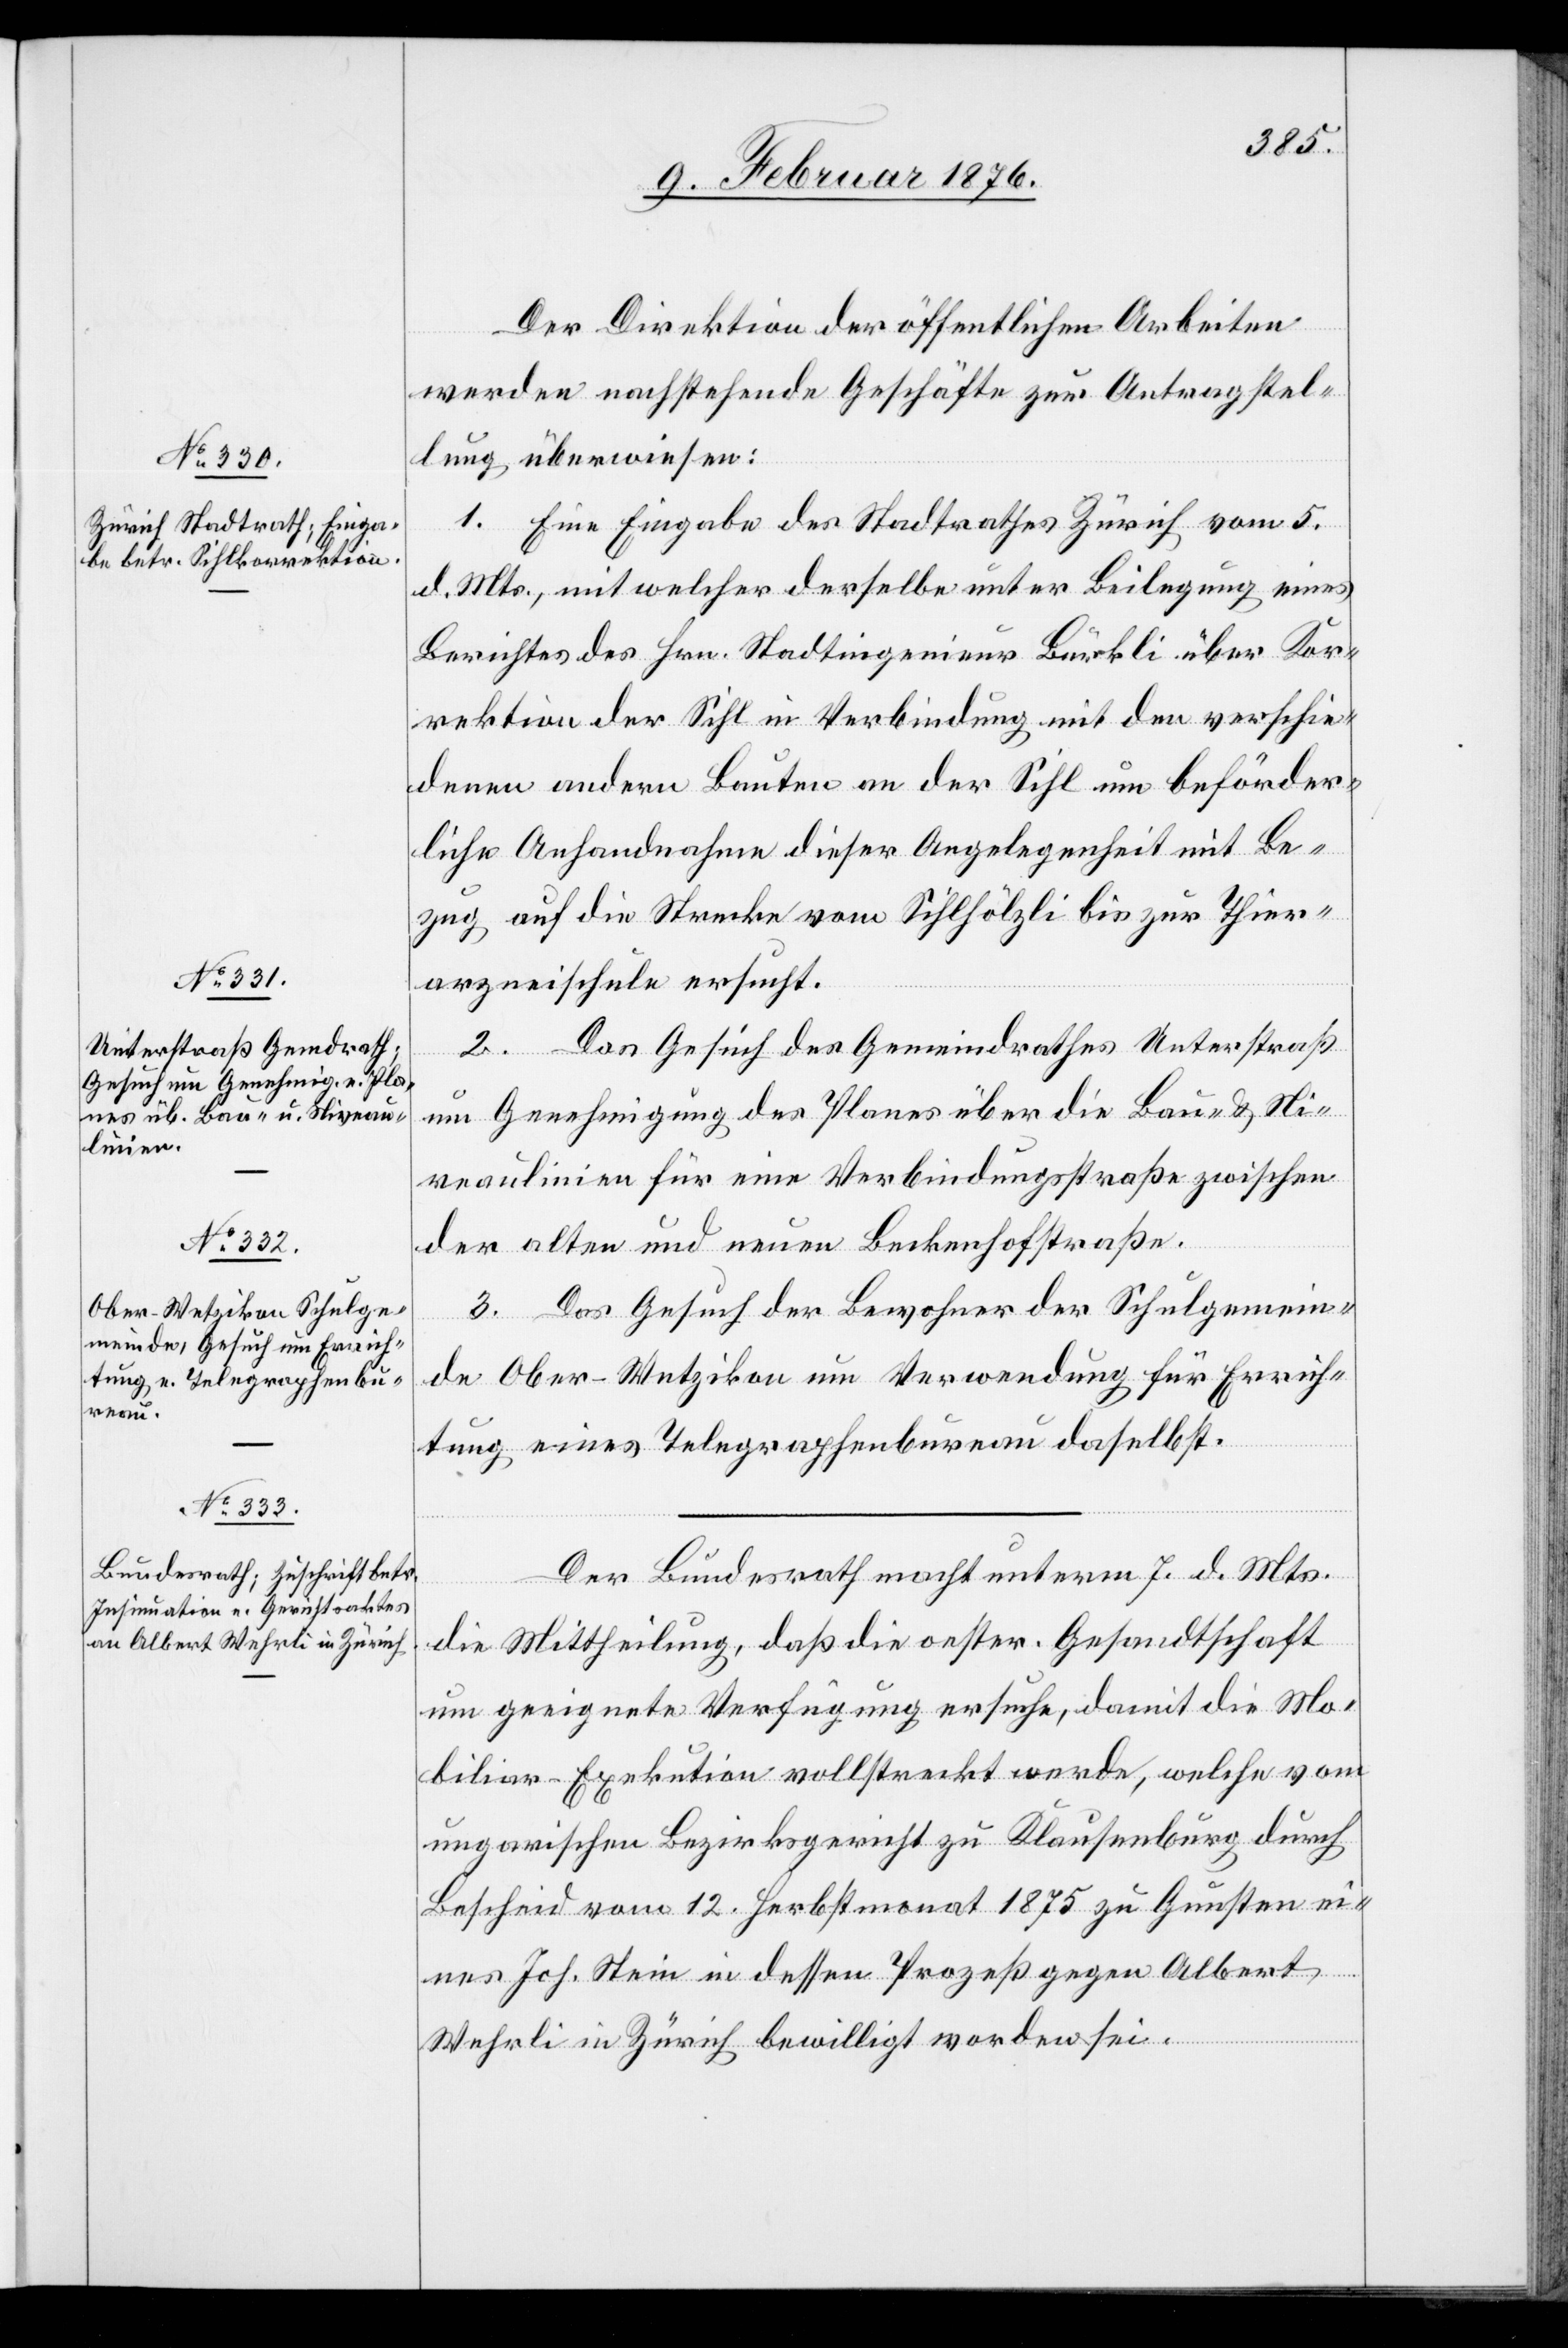
9. Februar 1876.]
Der Direktion der öffentlichen Arbeiten
werden nachstehende Geschäfte zur Antragstel¬
lung überwiesen:
1. Eine Eingabe des Stadtrathes Zürich vom 5.
d. Mts., mit welcher derselbe unter Beilegung eines
Berichtes des Hrn. Stadtingenieur Bürkli über Kor¬
rektion der Sihl in Verbindung mit den verschie¬
denen anderen Bauten an der Sihl um behörd¬
liche Anhandnahme dieser Angelegenheit mit Be¬
zug auf die Stecke vom Sihlhölzli bis zur Thier¬
arzneischule ersucht.
2. Das Gesuch des Gemeinderathes Unterstraß
um Genehmigung des Planes über die Bau- & Ni¬
veaulinien für eine Verbindungsstraße zwischen
der alten und neuen Beckenhofstraße.
3. Das Gesuch der Bewohner der Schulgemein¬
de Ober-Wetzikon um Verwendung für Errich¬
tung eines Telegraphenbureau daselbst.
Der Bundesrath macht unterm 7. d. Mts.
die Mittheilung, daß die oester. Gesandtschaft
um geeignete Verfügung ersuche, damit die Mo¬
biliar-Exekution vollstreckt werde, welche vom
ungarischen Bezirksgericht zu Klausenburg durch
Bescheid vom 12. Herbstmonat 1875 zu Gunsten ei¬
nes Joh. Sein in dessen Prozeß gegen Albert
Wehrli in Zürich bewilligt worden sei.